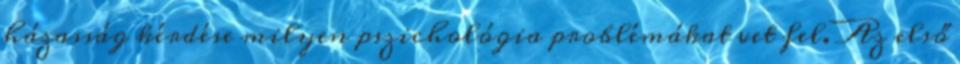
házasság kérdése milyen pszichológia problémákat vet fel. Az első